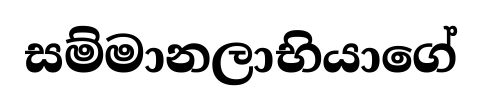
සම්මානලාභියාගේ